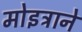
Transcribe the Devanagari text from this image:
मोइत्राने